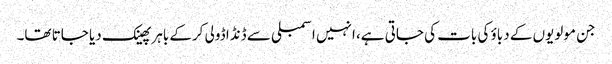
جن مولویوں کے دباؤ کی بات کی جاتی ہے، انہیں اسمبلی سے ڈنڈا ڈولی کرکے باہر پھینک دیا جاتا تھا۔